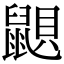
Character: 鼰